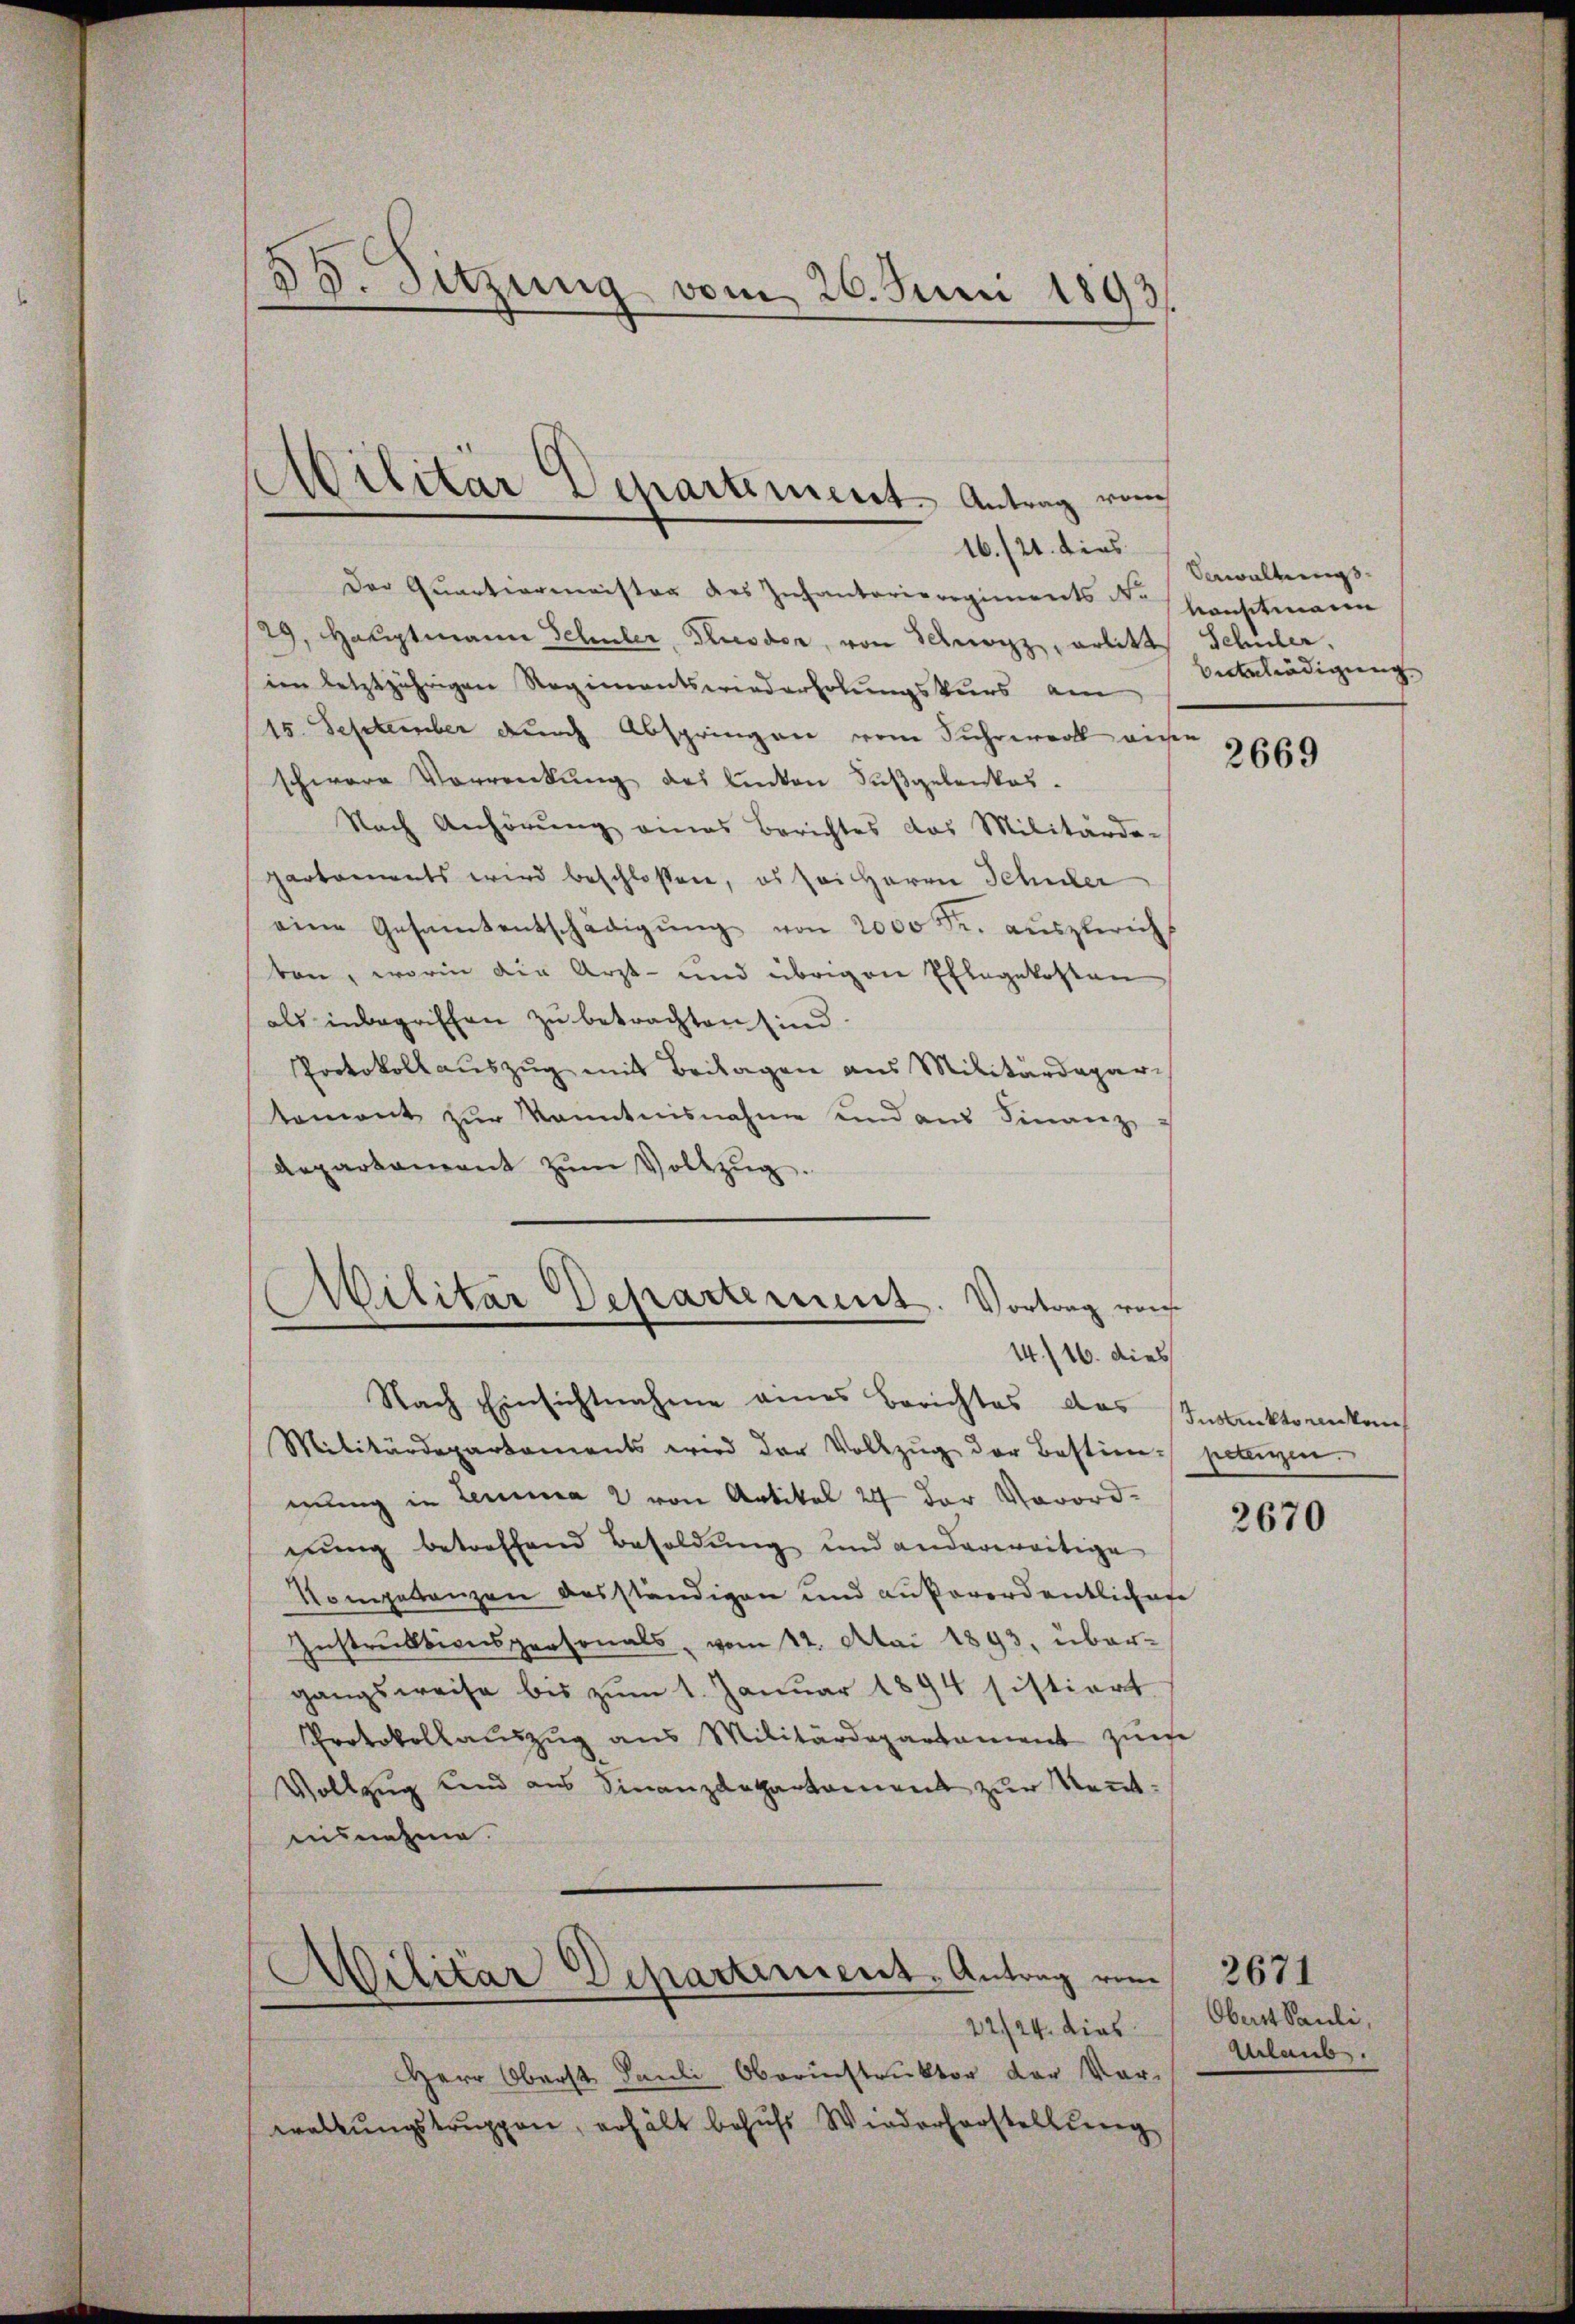
50. Sitzung vom 26. Juni 1893.

16./21. dies
Der Quartiermeister des Inhantarieregiments N.
29, Hauptmann Schuler, Klisdor, von Schwarz, erlitt. Schuler,
im letztjährigen Regimentswiederholungskurs am
15. September durch Abspringen vom Führervoll eise
schwere Vorrenkung des linken Fußgelenkes.
Nach Anhörung eines Berichtes das Militärde-
partaments wird beschlossen, es sei Herrn Schuler
eine Gesamtentschädigŭng von 2000 Fr. aŭszerich
ten, worin die Arzt- und übrigen Ehlegekosten
als inbegriffen zu betrachten sind.
Protokollauszug mit Beilagen aus Militärdepar-
tament zŭr Kenntnisnahme und aus Finanz
Repartament zŭm Vollzŭg.
Nach Einsichtnahme eines Berichtes das Insektonikan
Militärdepartaments wird der Vollzŭg der Bestim petenzen.
mung in Lemma 2 von Artikel 24 der Vorordnung betreffend Besoldung und anderweitige
Kompetenzen ausständigen und außerordentlichere
Instruktionspersonals, vom 12. Mai 1893, übergangsweise bis zŭm 1. Januar 1894 sistiert
Protokollauszug aus Militärdepartament zur
Vollzug und aus Finanzdepartament zur Kennteusnehme.
Militar Departement-Antrag vom
HHerr Oberst Pauli, Oberinstruktor der Vor-
waltungstruppen, erhält behufs Wiederherstellung

Militär Departement Antrag von

Militar Departement. Vortrag von
e
14/16. dies

Vewaltungs
kansitmann
Vertelnädigung

22/24. dies. Obert Pauli,

2669

2670

Urlaub.

2671